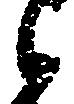
之